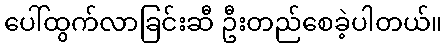
ပေါ်ထွက်လာခြင်းဆီ ဦးတည်စေခဲ့ပါတယ်။